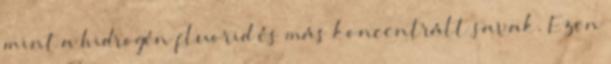
mint a hidrogén fluorid és más koncentrált savak. Ezen